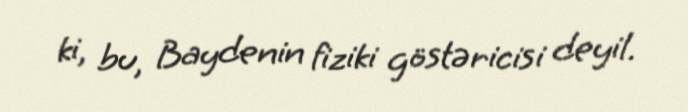
ki, bu, Baydenin fiziki göstəricisi deyil.